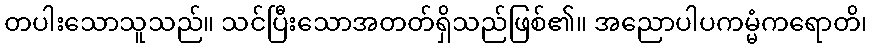
တပါးသောသူသည်။ သင်ပြီးသောအတတ်ရှိသည်ဖြစ်၏။ အညောပါပကမ္မံကရောတိ၊